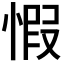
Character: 𢝄